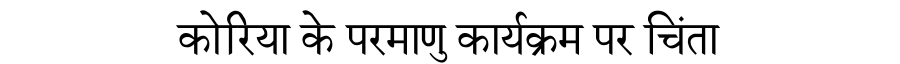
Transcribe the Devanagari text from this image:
कोरिया के परमाणु कार्यक्रम पर चिंता